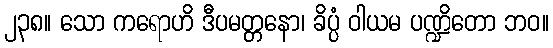
၂၃၈။ သော ကရောဟိ ဒီပမတ္တနော၊ ခိပ္ပံ ဝါယမ ပဏ္ဍိတော ဘဝ။